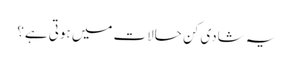
یہ شادی کن حالات میں ہوتی ہے؟